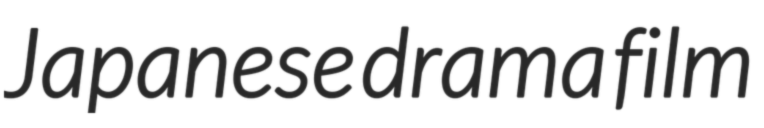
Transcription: Japanese drama film